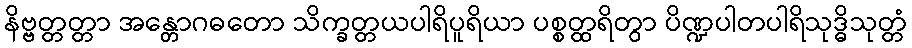
နိဗ္ဗတ္တတ္တာ အန္တောဂဓတော သိက္ခတ္တယပါရိပူရိယာ ပစ္စတ္ထရိတွာ ပိဏ္ဍပါတပါရိသုဒ္ဓိသုတ္တံ